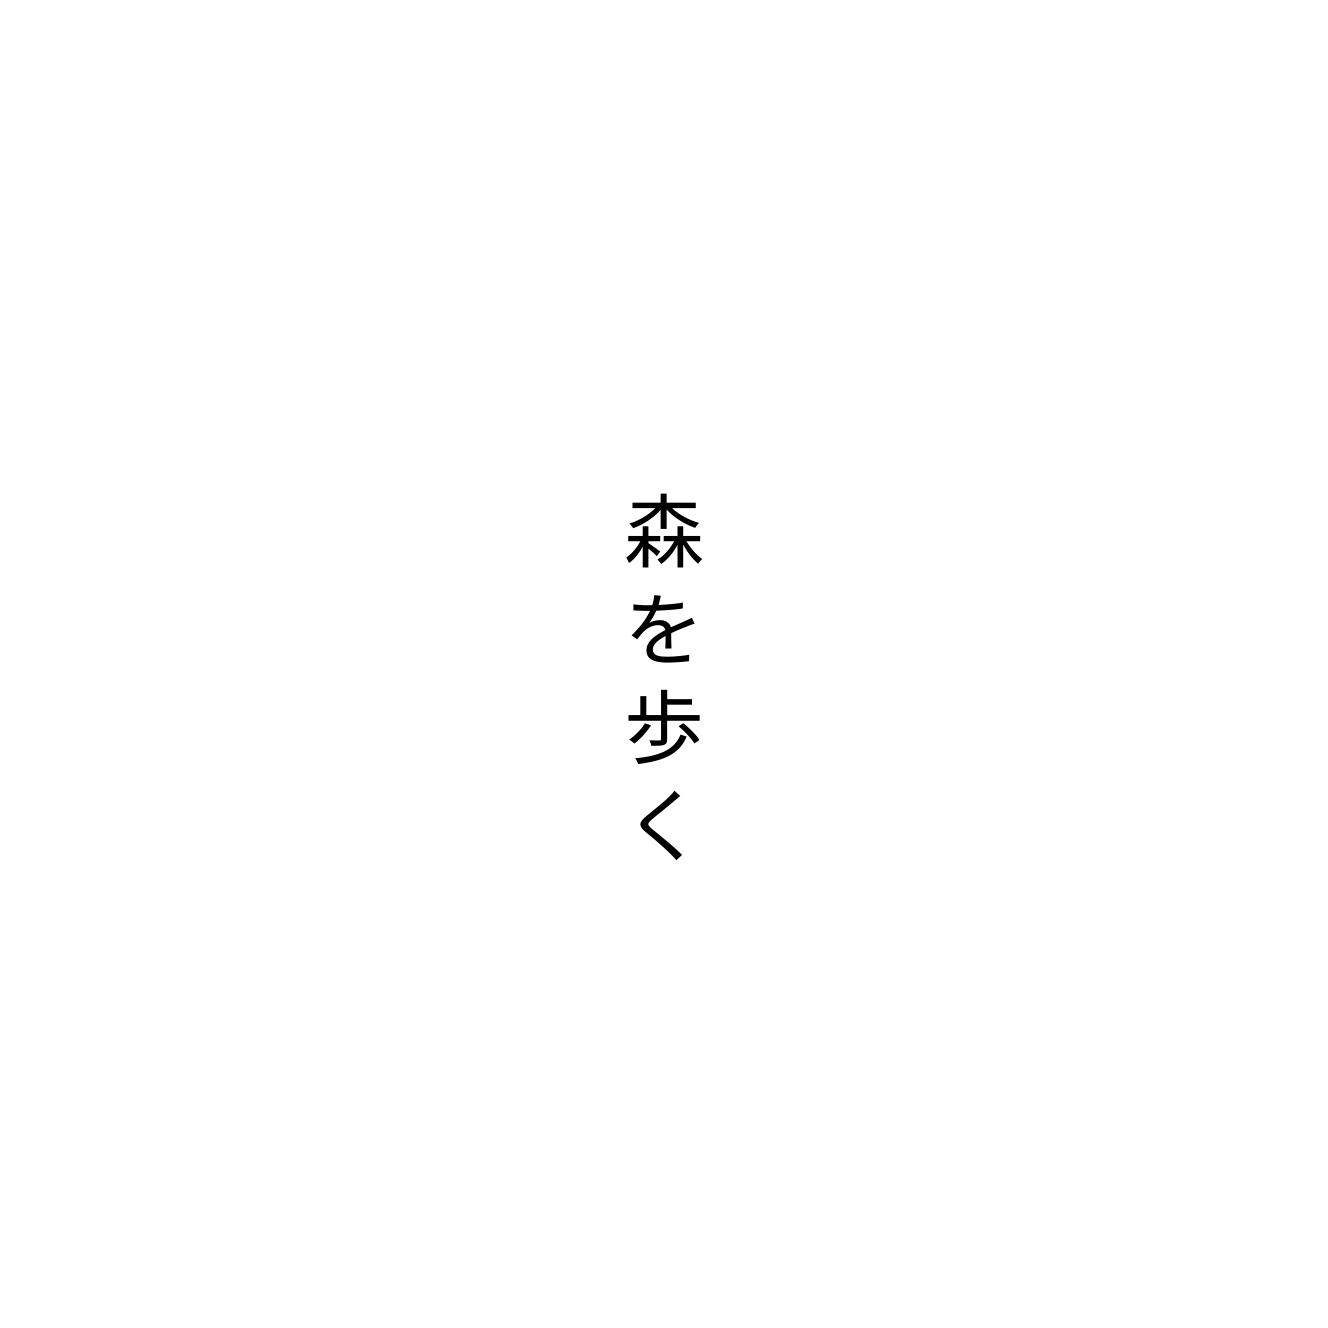
森を歩く